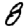
Digit: 8